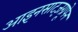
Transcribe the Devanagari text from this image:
आइनसाट्ज़ग्रूपेन